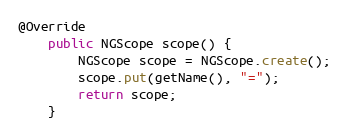
Language: Java
@Override
    public NGScope scope() {
        NGScope scope = NGScope.create();
        scope.put(getName(), "=");
        return scope;
    }